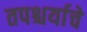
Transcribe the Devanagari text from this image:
तपश्चर्याचे